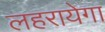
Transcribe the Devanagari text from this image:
लहरायेगा